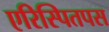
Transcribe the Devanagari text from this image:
एरिस्पितपस